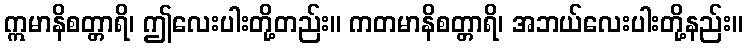
ဣမာနိစတ္တာရိ၊ ဤလေးပါးတို့တည်း။ ကတမာနိစတ္တာရိ၊ အဘယ်လေးပါးတို့နည်း။